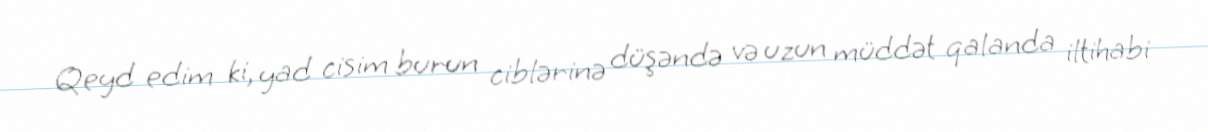
Qeyd edim ki, yad cisim burun ciblərinə düşəndə və uzun müddət qalanda iltihabi